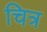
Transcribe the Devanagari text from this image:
चित्र